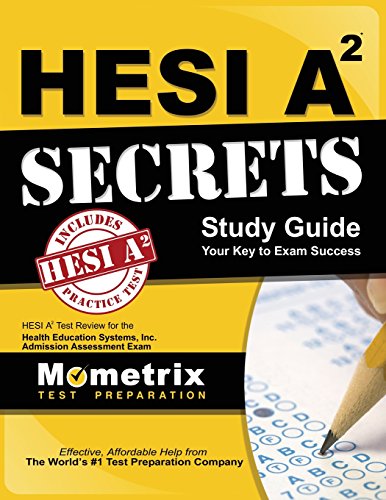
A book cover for HESI A2 Secrets Study Guide: HESI A2 Test Review for the Health Education Systems, Inc. Admission Assessment Exam; Mometrix HESI A2 Exam Secrets Test Prep Team; Test Preparation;